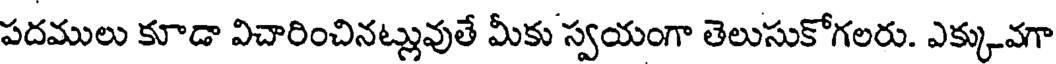
పదములు కూడా విచారించినట్లువుతే మీకు స్వయంగా తెలుసుకోగలరు. ఎక్కువగా